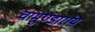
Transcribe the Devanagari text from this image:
चामुण्डाराय